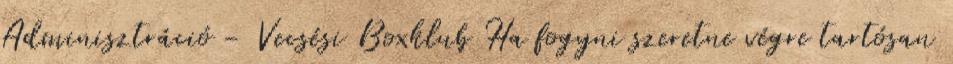
Adminisztráció - Vecsési Boxklub Ha fogyni szeretne végre tartósan